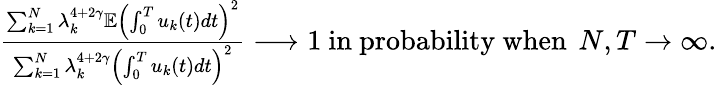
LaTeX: \begin{array}{r}{\frac{\sum_{k=1}^{N}\lambda_{k}^{4+2\gamma}\mathbb E\left(\int_{0}^{T}u_{k}(t)dt\right)^{2}}{\sum_{k=1}^{N}\lambda_{k}^{4+2\gamma}\left(\int_{0}^{T}u_{k}(t)dt\right)^{2}}\longrightarrow 1\mathrm{~in~probability~when~}\, N,T\rightarrow\infty.}\end{array}